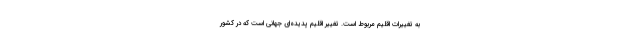
به تغییرات اقلیم مربوط است. تغییر اقلیم پدیده‌ای جهانی است که در کشور